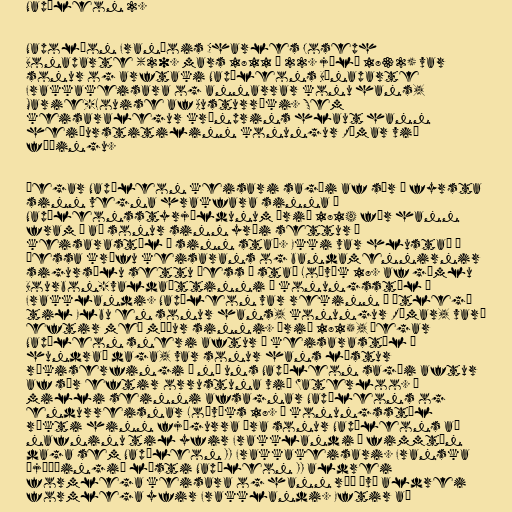
Napóleon 2.

Napoléon François Charles Joseph
Bonaparte (20. mars 1811 – 22. júlí 1832) var
sonur og arftaki Napóleons Bónaparte
Frakkakeisara og annarrar konu hans,
Marie-Louise af Austurríki. Sem
keisaralegur krónprins hlaut hann
heiðurstitilinn konungur Rómar við
fæðingu.

Þegar Napóleon keisari sagði af sér í fyrsta
sinn vegna hrakfara sinna í
Napóleonsstyrjöldunum árið 1814 fór hann
fram á að sonur sinn yrði settur á
keisarastól í sinn stað. Ekki var hlustað á
þessa kröfu keisarans og bandamennirnir
sigursælu settu þess í stað Loðvík 18. af gömlu
Bourbon-valdaættinni á konungsstól í
Frakklandi. Napóleon var rekinn í útlegð
til Elbu en sonur hans, konungur Rómar, varð
eftir með móður sinni. Árið 1815, þegar
Napóleon sneri aftur á keisarastól í
hundrað daga, var sonur hans lýstur
ríkiserfingi á ný uns Napóleon sagði aftur
af sér eftir orrustuna við Waterloo. Á
milli seinni afsagnar Napóleons og
endurreisnar Loðvíks 18. á konungsstól
ríkti hinn fjögurra ára sonur Napóleons að
nafninu til yfir Frakklandi í fimmtán
daga sem Napóleon II Frakkakeisari. Franska
þjóðþingið lýsti Napóleon II aldrei
formlega keisara og hann réð því aldrei
formlega yfir Frakklandi. Eftir að